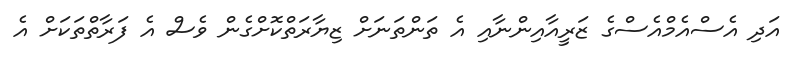
އަދި އެސްއެމްއެސްގެ ޒަރީއާއިންނާއި އެ ތަންތަނަށް ޒިޔާރަތްކޮށްގެން ވެސް އެ ފަރާތްތަކަށް އެ